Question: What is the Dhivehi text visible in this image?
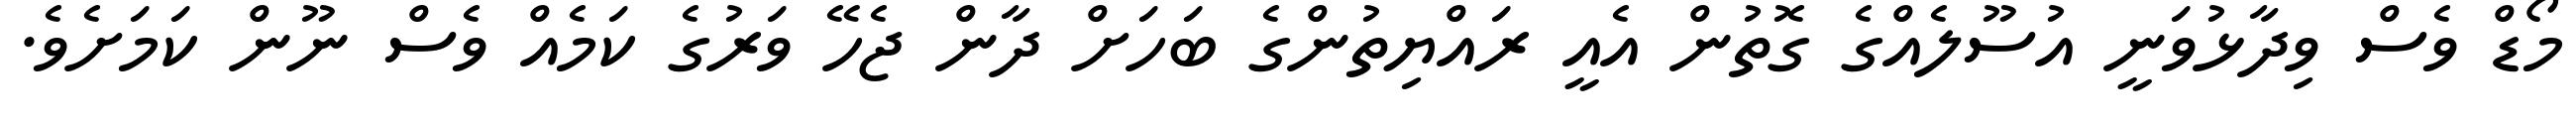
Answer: މޯޑް ވެސް ވިދާޅުވަނީ އުސޫލެއްގެ ގޮތުން އެއީ ރައްޔިތުންގެ ބަހަށް ދާން ޖެހޭ ވަރުގެ ކަމެއް ވެސް ނޫން ކަމަށެވެ.